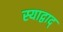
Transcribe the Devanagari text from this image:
स्याद्वाद्